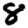
Digit: 8